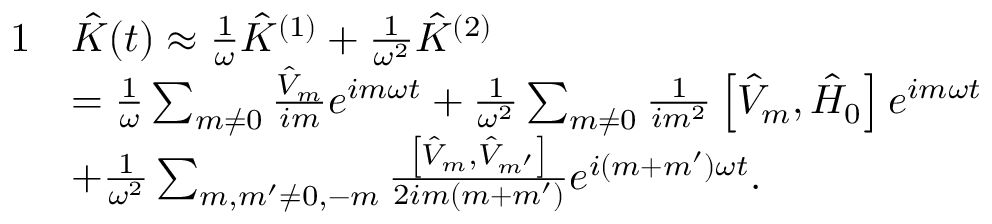
\begin{array} { r l } { { 1 } } & { \hat { K } ( t ) \approx \frac { 1 } { \omega } \hat { K } ^ { ( 1 ) } + \frac { 1 } { \omega ^ { 2 } } \hat { K } ^ { ( 2 ) } } \\ & { = \frac { 1 } { \omega } \sum _ { m \neq 0 } \frac { \hat { V } _ { m } } { i m } e ^ { i m \omega t } + \frac { 1 } { \omega ^ { 2 } } \sum _ { m \neq 0 } \frac { 1 } { i m ^ { 2 } } \left[ \hat { V } _ { m } , \hat { H } _ { 0 } \right] e ^ { i m \omega t } } \\ & { + \frac { 1 } { \omega ^ { 2 } } \sum _ { m , m ^ { \prime } \neq 0 , - m } \frac { \left[ \hat { V } _ { m } , \hat { V } _ { m ^ { \prime } } \right] } { 2 i m ( m + m ^ { \prime } ) } e ^ { i ( m + m ^ { \prime } ) \omega t } . } \end{array}